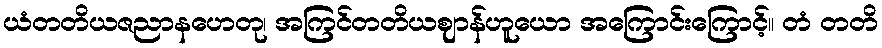
ယံတတိယဇညာနဟေတု၊ အကြင်တတိယဈာန်ဟူယော အကြောင်းကြောင့်။ တံ တတိ